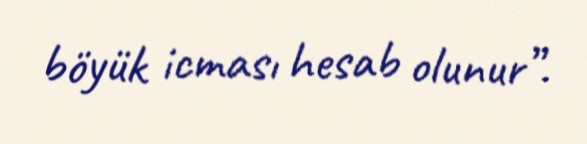
böyük icması hesab olunur”.